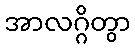
အာလဂ္ဂိတွာ